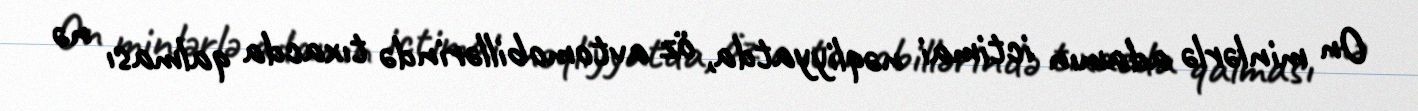
On minlərlə adamın ictimai nəqliyyatda, öz avtomobillərində tıxacda qalması nə